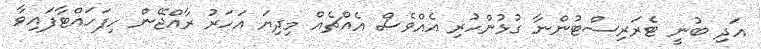
އަދި ބުނީ ޓެރަރިސްޓުންނާ ގުޅުންހުރި އެއްވެސް އެއްޗެއް މިދިޔަ އަހަރު ރާއްޖޭން ހިފަހައްޓާފައިވާ